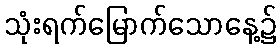
သုံးရက်မြောက်သောနေ့၌